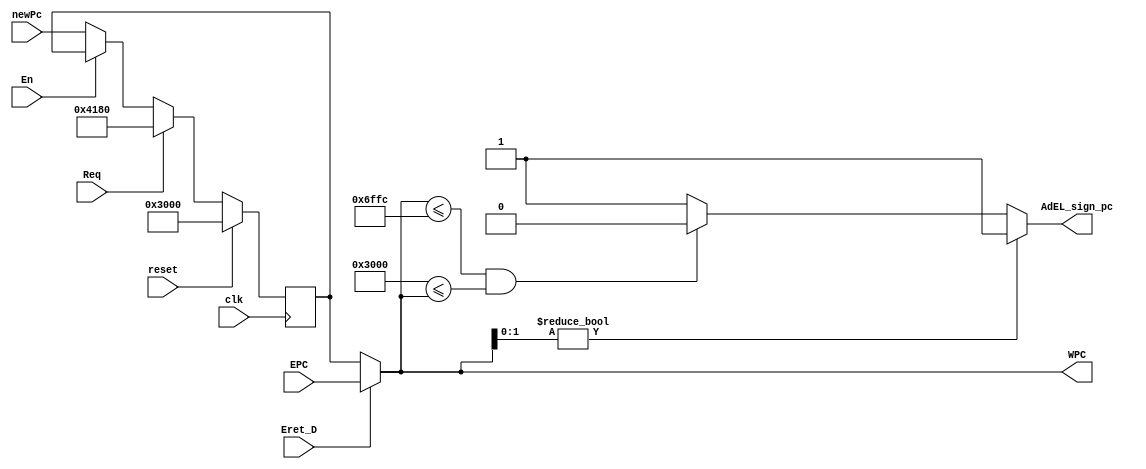
module PC (
    input [31:0] newPc,
    input [31:0]EPC,
    input Eret_D,
    input clk,
    input reset,
    input En, 
    input Req,
    output [31:0]WPC,
    output AdEL_sign_pc
);
parameter range_low =32'h00003000;
parameter range_high=32'h00006ffc;
reg [31:0]store ;
assign  WPC=(Eret_D==1'b1)?EPC:store;
always @(posedge clk ) begin
    if(reset==1)
    begin
        store<=32'h00003000;//reset
    end
    else if(Req==1'b1) begin
        store<=32'h0000_4180;
    end
    else if(En==1'b1) begin
        store<=store;//stop
    end
    else
        begin
            store<=newPc;//move
        end
end
initial
begin
store=32'h00003000;
end

assign AdEL_sign_pc=(WPC[1:0]!=2'b0)?1'b1:
                    (!(WPC<=range_high&&range_low<=WPC))?1'b1:1'b0;

endmodule //pc